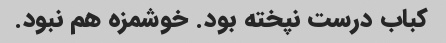
کباب درست نپخته بود. خوشمزه هم نبود.